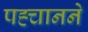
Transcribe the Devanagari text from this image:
पह्चानने